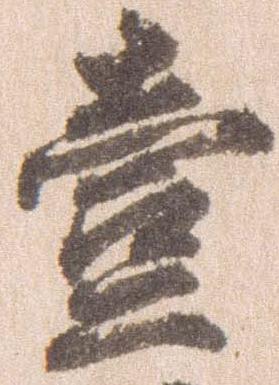
壱